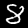
Label: 8